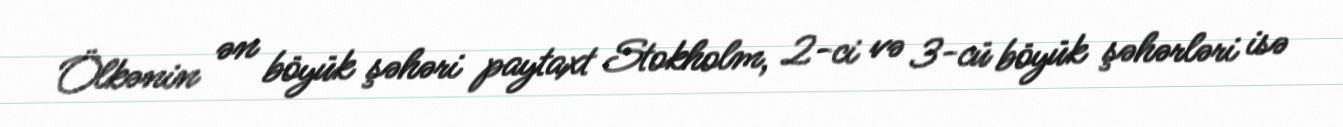
Ölkənin ən böyük şəhəri paytaxt Stokholm, 2-ci və 3-cü böyük şəhərləri isə